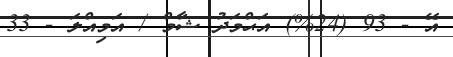
އޭ - 93 (24%) އަޙްމަދު ޝާމް / އަމިއްލަ - 33